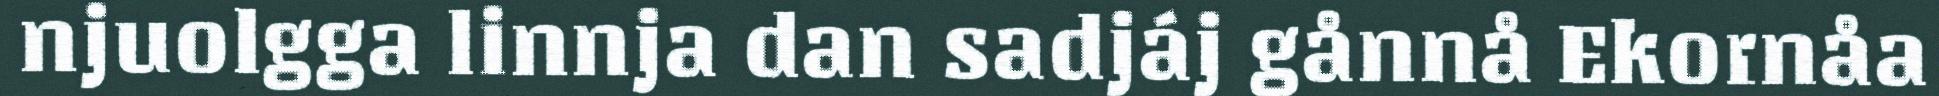
njuolgga linnja dan sadjáj gånnå Ekornåa